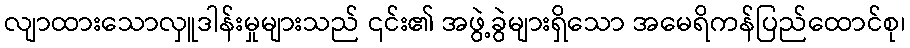
လျာထားသောလှူဒါန်းမှုများသည် ၎င်း၏ အဖွဲ့ခွဲများရှိသော အမေရိကန်ပြည်ထောင်စု၊